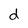
Character: d